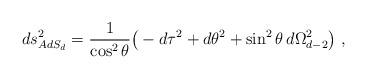
LaTeX: \begin{align*}ds^2_{AdS_d} = {1\over \cos^2\theta} \big( -d\tau^2 + d\theta^2 +\sin^2\theta\, d\Omega_{d-2}^2\big)\ ,\end{align*}